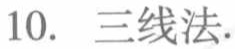
10. 三线法.